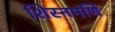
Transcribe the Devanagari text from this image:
शिस्नमणि